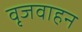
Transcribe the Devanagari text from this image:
वृजवाहन